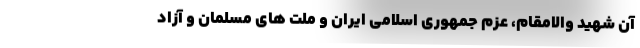
آن شهید والامقام، عزم جمهوری اسلامی ایران و ملت های مسلمان و آزاد